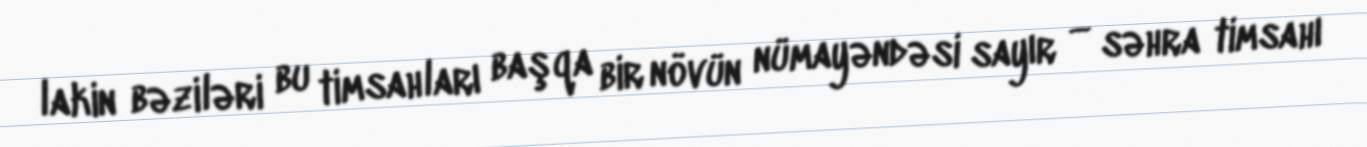
lakin bəziləri bu timsahları başqa bir növün nümayəndəsi sayır — səhra timsahı